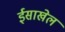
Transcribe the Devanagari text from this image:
ईसाखेल